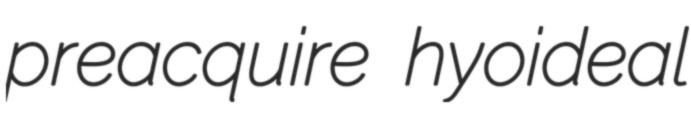
preacquire hyoideal